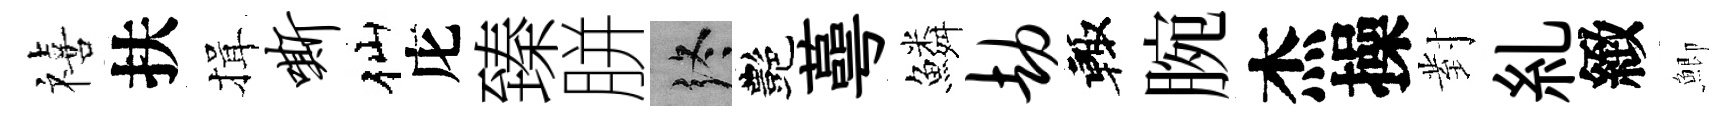
禧扶揖嘶仙庀臻胼终艷蕚鱗劫輙腕杰操對糺緻鯽